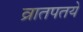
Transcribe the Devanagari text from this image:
व्रातपतये